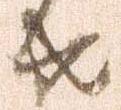
共